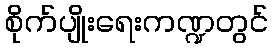
စိုက်ပျိုးရေးကဏ္ဍတွင်